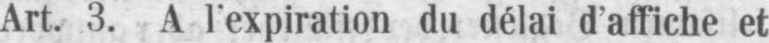
Art. 3. A l’expiration du délai d’affiche et